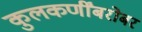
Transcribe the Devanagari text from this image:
कुलकर्णींबरोबर